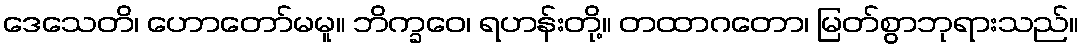
ဒေသေတိ၊ ဟောတော်မမူ။ ဘိက္ခဝေ၊ ရဟန်းတို့။ တထာဂတော၊ မြတ်စွာဘုရားသည်။